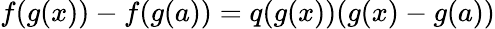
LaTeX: f(g(x))-f(g(a))=q(g(x))(g(x)-g(a))